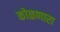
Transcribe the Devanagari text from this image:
कोळणारा